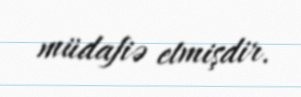
müdafiə etmişdir.